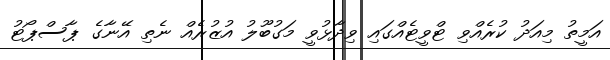
އަމީތު މިއަދު ކުރެއްވި ޓްވީޓެއްގައި ވިދާޅުވީ މަގުބޫލު އުޒުރެއް ނެތި އޭނާގެ ޕާސްޕޯޓު